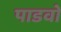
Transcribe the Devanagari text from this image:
पाडवो